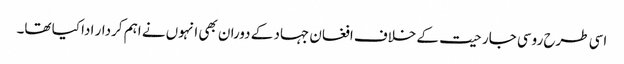
اسی طرح روسی جارحیت کے خلاف افغان جہاد کے دوران بھی انہوں نے اہم کردار ادا کیا تھا۔